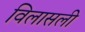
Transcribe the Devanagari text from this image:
विलासली